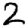
Digit: 2